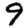
Digit: 9